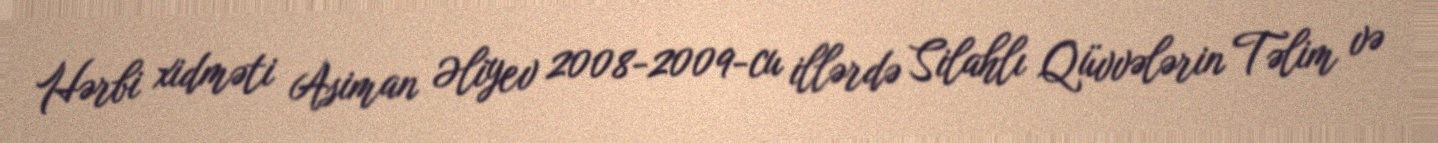
Hərbi xidməti Asiman Əliyev 2008-2009-cu illərdə Silahlı Qüvvələrin Təlim və